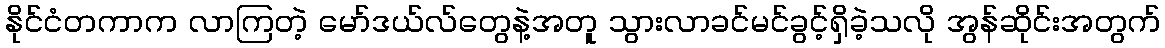
နိုင်ငံတကာက လာကြတဲ့ မော်ဒယ်လ်တွေနဲ့အတူ သွားလာခင်မင်ခွင့်ရှိခဲ့သလို အွန်ဆိုင်းအတွက်